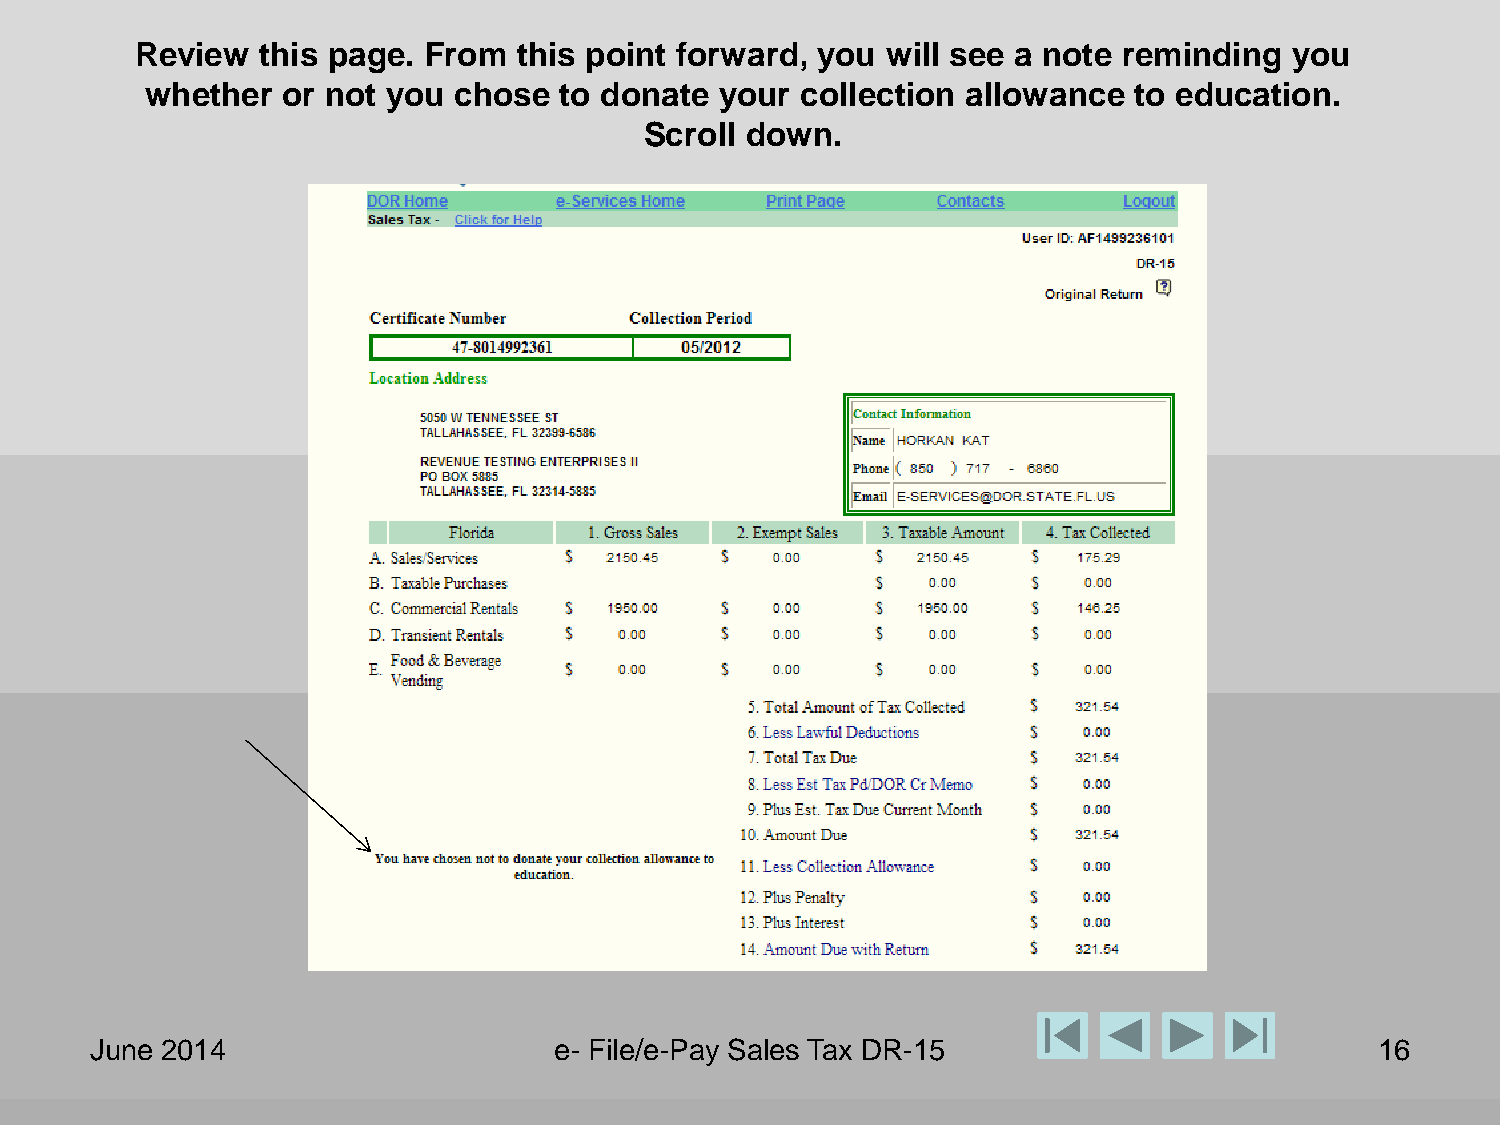
Review  this page. From  this point forward, you  will see a note reminding  you
 whether  or not you chose  to donate  your collection allowance  to education.
 Scroll down.
 June 2014                      e- File/e-Pay Sales Tax DR-15                         16